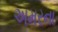
અમરના